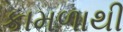
કામળાથી